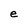
Character: e